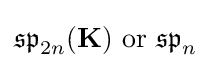
{\mathfrak {sp}}_{2n}(\mathbf {K} ){\text{ or }}{\mathfrak {sp}}_{n}